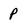
Character: p